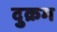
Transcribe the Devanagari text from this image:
दुक्रम